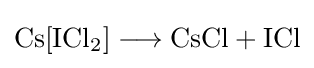
{\mathrm {Cs} [\mathrm {ICl} {\vphantom {A}}_{\smash[{t}]{2}}]{}\mathrel {\longrightarrow } {}{\text{CsCl}}{}+{}\mathrm {ICl} }